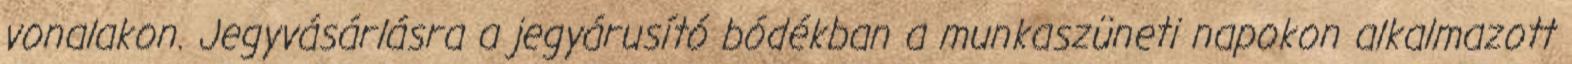
vonalakon. Jegyvásárlásra a jegyárusító bódékban a munkaszüneti napokon alkalmazott